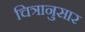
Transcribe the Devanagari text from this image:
चित्रानुसार